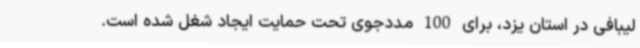
لیبافی در استان یزد، برای 100 مددجوی تحت حمایت ایجاد شغل شده است.